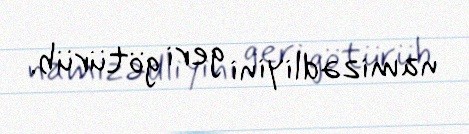
namizədliyini geri götürüb.